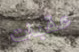
عقبات